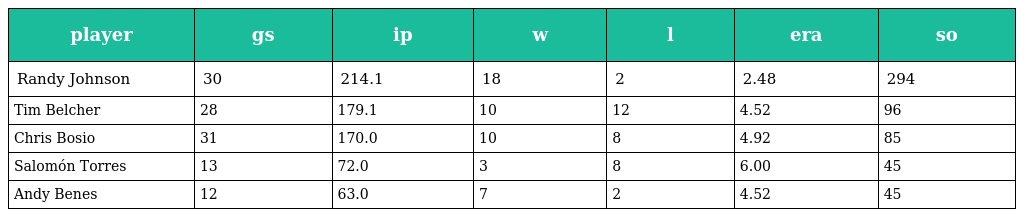
| player | gs | ip | w | l | era | so |
 | --- | --- | --- | --- | --- | --- | --- |
 | Randy Johnson | 30 | 214.1 | 18 | 2 | 2.48 | 294 |
 | Tim Belcher | 28 | 179.1 | 10 | 12 | 4.52 | 96 |
 | Chris Bosio | 31 | 170.0 | 10 | 8 | 4.92 | 85 |
 | Salomón Torres | 13 | 72.0 | 3 | 8 | 6.00 | 45 |
 | Andy Benes | 12 | 63.0 | 7 | 2 | 4.52 | 45 |